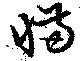
憊